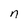
Character: n